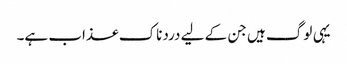
یہی لوگ ہیں جن کے لیے دردناک عذاب ہے۔